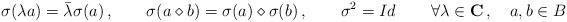
LaTeX: \begin{align*}\sigma (\lambda a) = \bar{\lambda} \sigma (a)\,,\qquad \sigma (a\diamond b )= \sigma (a) \diamond \sigma (b)\,,\qquad \sigma^2 = Id\,\qquad \forall\lambda \in \mathbf{C} \,,\quad a,b \in B\end{align*}